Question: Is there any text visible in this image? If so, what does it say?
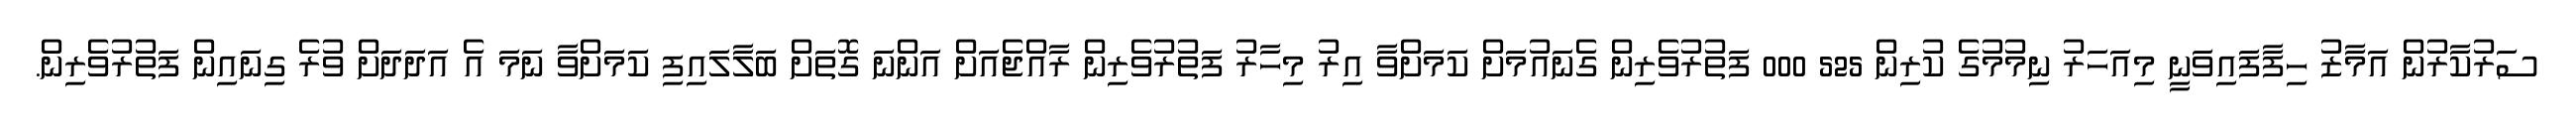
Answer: ސަރުކާރުން އަމާޒު ހިފާފައިވަނީ މިއަހަރު ނިމުމުގެ ކުރިން 525 000 ފަތުރުވެރިން ގެނައުމަށް ކަމަށްވާ އިރު މިހާރު ފަތުރުވެރިން ރާއްޖެއަށް އަންނަ ގޮތަށް ބަލާލައިފި ކަމަށްވާ ނަމަ އެ އަދަދަށް ވުރެ ގިނައިން ފަތުރުވެރިން.